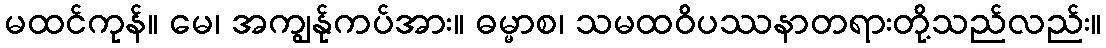
မထင်ကုန်။ မေ၊ အကျွန်ုကပ်အား။ ဓမ္မာစ၊ သမထဝိပဿနာတရားတို့သည်လည်း။